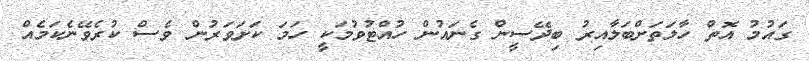
ގައުމު އޮތް ހާލަތަށްބަލާއިރު ބިދޭސީން ގެނައުން ހުއްޓުވުމަކީ ހަމަ ކަށަވަރުން ވެސް ކުރެވޭނެކަމެއް